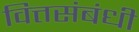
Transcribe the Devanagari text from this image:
वित्तसंबंधी